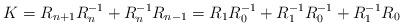
LaTeX: \begin{align*} K=R_{n+1}R_n^{-1}+R_{n}^{-1}R_{n-1}=R_1R_0^{-1}+R_1^{-1}R_0^{-1}+R_1^{-1}R_0\end{align*}